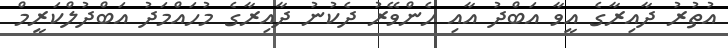
އުތުރު ދާއިރާގެ އީވާ އަބްދު އާއި ހެންވޭރު ދެކުނު ދާއިރާގެ މުހައްމަދު އަބްދުލްކަރީމް